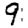
Digit: 9